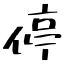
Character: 停